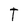
Character: T